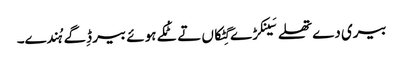
بیری دے تھلے سَینکڑے گِٹکاں تے ٹُکے ہوئے بیر ڈِگے ہُندے۔